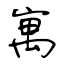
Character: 寓